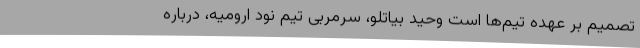
تصمیم بر عهده تیم‌ها است وحید بیاتلو، سرمربی تیم نود ارومیه، درباره